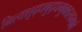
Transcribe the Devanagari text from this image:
नित्यशुद्धबुद्धमुक्तस्वभावं